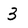
Character: 3